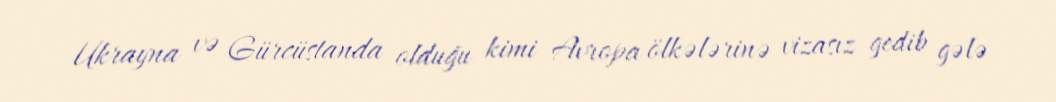
Ukrayna və Gürcüstanda olduğu kimi Avropa ölkələrinə vizasız gedib gələ